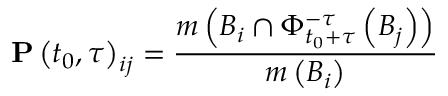
\mathbf { P } \left( t _ { 0 } , \tau \right) _ { i j } = \frac { m \left( B _ { i } \cap \Phi _ { t _ { 0 } + \tau } ^ { - \tau } \left( B _ { j } \right) \right) } { m \left( B _ { i } \right) }